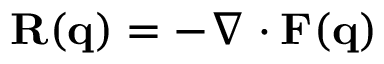
\mathbf { R } ( \mathbf { q } ) = - \nabla \cdot \mathbf { F } ( \mathbf { q } )